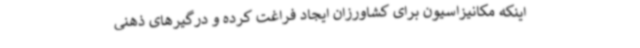
اینکه مکانیزاسیون برای کشاورزان ایجاد فراغت کرده و درگیرهای ذهنی